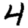
Digit: 4